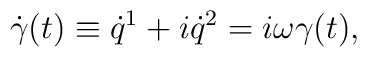
\dot{\gamma}(t) \equiv \dot{q}^1 + i \dot{q}^2 = i\omega \gamma(t),